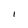
Character: l